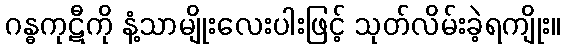
ဂန္ဓကုဋီကို နံ့သာမျိုးလေးပါးဖြင့် သုတ်လိမ်းခဲ့ရကျိုး။